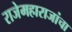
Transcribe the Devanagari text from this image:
राजेमहाराजांचा